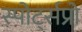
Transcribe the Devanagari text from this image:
स्पोर्ट्सप्रो